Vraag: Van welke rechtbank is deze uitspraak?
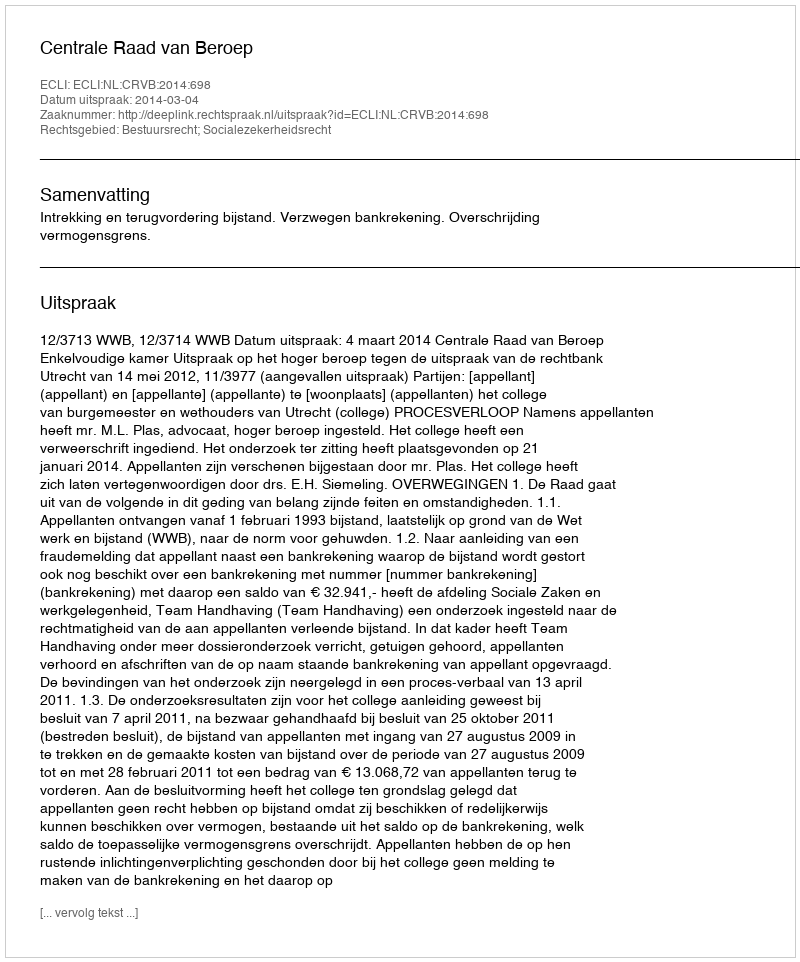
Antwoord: Centrale Raad van Beroep